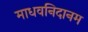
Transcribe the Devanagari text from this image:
माधवनिदानम